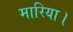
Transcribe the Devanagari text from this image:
मारिया।